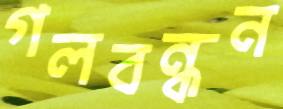
গলবন্ধন